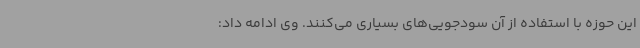
این حوزه با استفاده از آن سودجویی‌های بسیاری می‌کنند. وی ادامه داد: